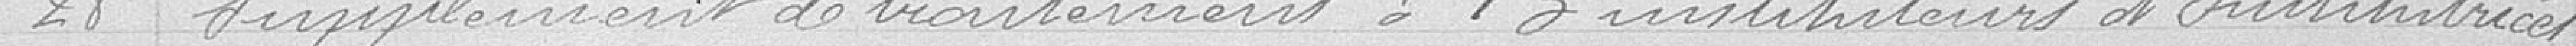
28 Supplément de traitement à 13 instituteurs et institutrices